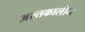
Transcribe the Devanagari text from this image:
अस्तकालीन